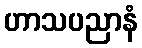
ဟာသပညာနံ